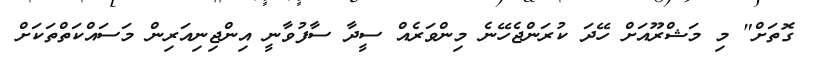
ގޮތަށް" މި މަޝްރޫއަށް ހޭދަ ކުރަންޖެހޭނެ މިންވަރެއް ސީދާ ސާފުވާނީ އިންޖިނިއަރިން މަސައްކަތްތަކަށް